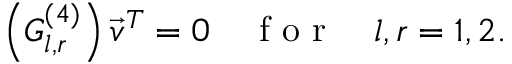
\left( { G } _ { l , r } ^ { ( 4 ) } \right) \vec { v } ^ { T } = 0 \quad \mathrm { ~ f ~ o ~ r ~ } \quad l , r = 1 , 2 .